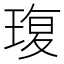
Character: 𮴦